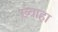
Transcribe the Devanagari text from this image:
ख़्वाहा